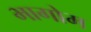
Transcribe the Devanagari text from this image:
भागोम